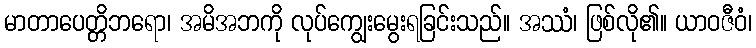
မာတာပေတ္တိဘရော၊ အမိအဘကို လုပ်ကျွေးမွေးရခြင်းသည်။ အဿံ၊ ဖြစ်လို၏။ ယာဝဇီဝံ၊